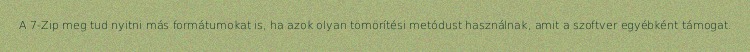
A 7-Zip meg tud nyitni más formátumokat is, ha azok olyan tömörítési metódust használnak, amit a szoftver egyébként támogat.